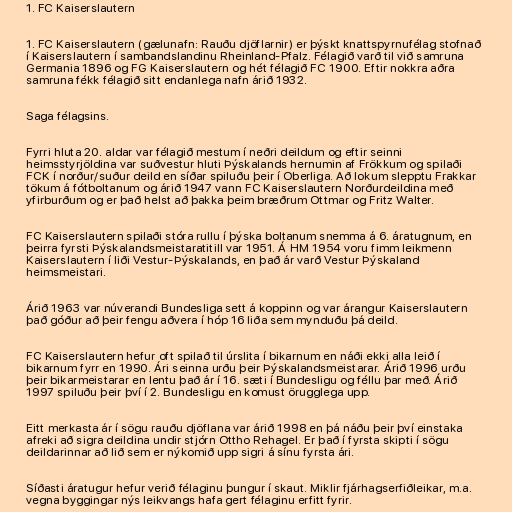
1. FC Kaiserslautern

1. FC Kaiserslautern (gælunafn: Rauðu djöflarnir) er þýskt knattspyrnufélag stofnað
í Kaiserslautern í sambandslandinu Rheinland-Pfalz. Félagið varð til við samruna
Germania 1896 og FG Kaiserslautern og hét félagið FC 1900. Eftir nokkra aðra
samruna fékk félagið sitt endanlega nafn árið 1932.

Saga félagsins.

Fyrri hluta 20. aldar var félagið mestum í neðri deildum og eftir seinni
heimsstyrjöldina var suðvestur hluti Þýskalands hernumin af Frökkum og spilaði
FCK í norður/suður deild en síðar spiluðu þeir í Oberliga. Að lokum slepptu Frakkar
tökum á fótboltanum og árið 1947 vann FC Kaiserslautern Norðurdeildina með
yfirburðum og er það helst að þakka þeim bræðrum Ottmar og Fritz Walter.

FC Kaiserslautern spilaði stóra rullu í þýska boltanum snemma á 6. áratugnum, en
þeirra fyrsti Þýskalandsmeistaratitill var 1951. Á HM 1954 voru fimm leikmenn
Kaiserslautern í liði Vestur-Þýskalands, en það ár varð Vestur Þýskaland
heimsmeistari.

Árið 1963 var núverandi Bundesliga sett á koppinn og var árangur Kaiserslautern
það góður að þeir fengu aðvera í hóp 16 liða sem mynduðu þá deild.

FC Kaiserslautern hefur oft spilað til úrslita í bikarnum en náði ekki alla leið í
bikarnum fyrr en 1990. Ári seinna urðu þeir Þýskalandsmeistarar. Árið 1996 urðu
þeir bikarmeistarar en lentu það ár í 16. sæti í Bundesligu og féllu þar með. Árið
1997 spiluðu þeir því í 2. Bundesligu en komust örugglega upp.

Eitt merkasta ár í sögu rauðu djöflana var árið 1998 en þá náðu þeir því einstaka
afreki að sigra deildina undir stjórn Ottho Rehagel. Er það í fyrsta skipti í sögu
deildarinnar að lið sem er nýkomið upp sigri á sínu fyrsta ári.

Síðasti áratugur hefur verið félaginu þungur í skaut. Miklir fjárhagserfiðleikar, m.a.
vegna byggingar nýs leikvangs hafa gert félaginu erfitt fyrir.